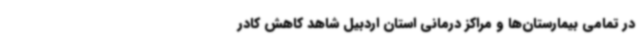
در تمامی بیمارستان‌ها و مراکز درمانی استان اردبیل شاهد کاهش کادر